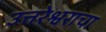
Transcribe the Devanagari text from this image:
उत्तरेश्वराचा